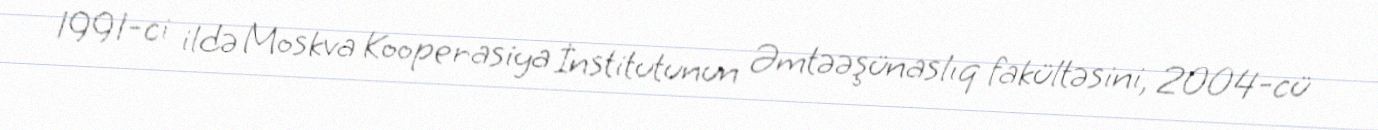
1991-ci ildə Moskva Kooperasiya İnstitutunun Əmtəəşünaslıq fakültəsini, 2004-cü